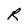
Character: R